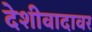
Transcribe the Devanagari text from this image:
देशीवादावर